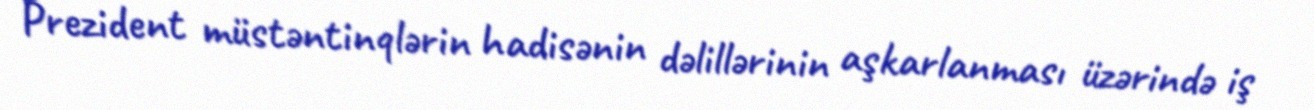
Prezident müstəntinqlərin hadisənin dəlillərinin aşkarlanması üzərində iş